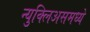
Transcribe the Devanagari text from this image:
न्युक्लिअसमध्ये